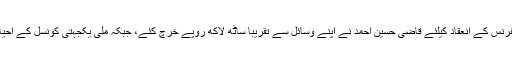
ایک اندازے کے مطابق گذشتہ برس بارہ نومبر کو ہونے والی عالمی اتحاد امت کانفرنس کے انعقاد کیلئے قاضی حسین احمد نے اپنے وسائل سے تقریباً ساٹھ لاکھ روپے خرچ کئے، جبکہ ملی یکجہتی کونسل کے احیاء، رابطہ جات اور دیگر اخراجات کیلئے ایک کروڑ روپے سے زائد رقم خرچ کی۔